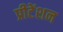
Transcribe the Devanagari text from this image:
प्रीटेंशन